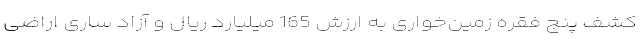
کشف پنج فقره زمین‌خواری به ارزش 165 میلیارد ریال و آزاد ساری اراضی